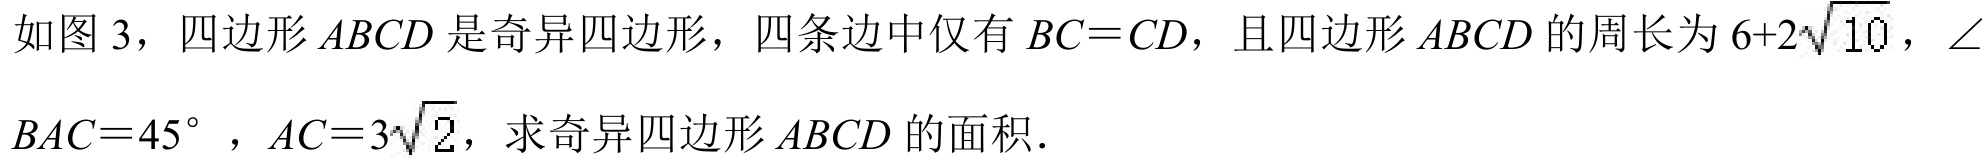
如图 3，四边形\(ABCD\)是奇异四边形，四条边中仅有\(BC = CD\)，且四边形\(ABCD\)的周长为\(6 + 2\sqrt{10}\)，\(\angle BAC = 45^{\circ}\)，\(AC = 3\sqrt{2}\)，求奇异四边形\(ABCD\)的面积．